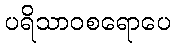
ပရိသာဝစရောပေ